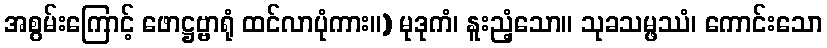
အစွမ်းကြောင့် ဖောဋ္ဌဗ္ဗာရုံ ထင်လာပုံကား။) မုဒုကံ၊ နူးညံ့သော။ သုခသမ္ဖဿံ၊ ကောင်းသော